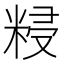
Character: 𥺑